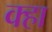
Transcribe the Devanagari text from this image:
क्हा